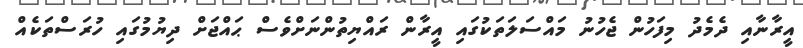
އީރާނާއި ދެމެދު މިފަހުން ޖެހުނު މައްސަލަތަކުގައި އީރާން ރައްޔިތުންނަށްވެސް ޙައްޖަށް ދިޔުމުގައި ހުރަސްތަކެއް